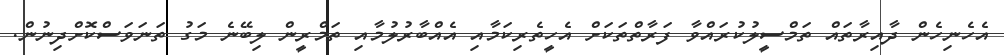
އެހެނިހެން ދާއިރާތައް ތަމްސީލުކުރައްވާ ފަރާތްތަކަށް އެހީތެރިކަމާއި އެއްބާރުލުމާއި ތަމްރީން ލިބޭނެ މަގު ތަނަވަސްކޮށްދިނުން.